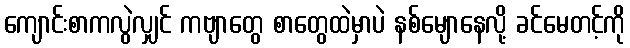
ကျောင်းစာကလွဲလျှင် ကဗျာတွေ စာတွေထဲမှာပဲ နစ်မျောနေလို့ ခင်မေတင့်ကို